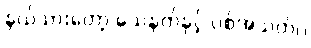
နယ်သားတော့ သေနတ်နှင့် ပစ်အသတ်ပဲ